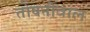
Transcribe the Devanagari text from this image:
तोषनीवाल